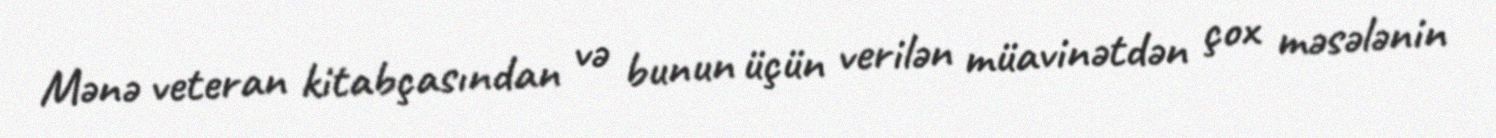
Mənə veteran kitabçasından və bunun üçün verilən müavinətdən çox məsələnin